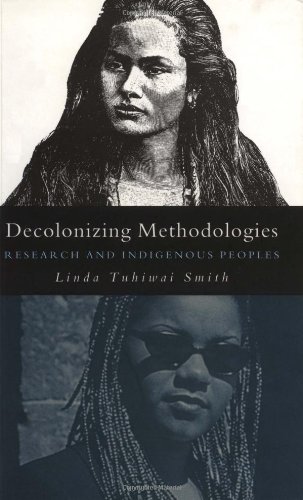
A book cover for Decolonizing Methodologies: Research and Indigenous Peoples; Linda Tuhiwai Smith; Politics & Social Sciences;